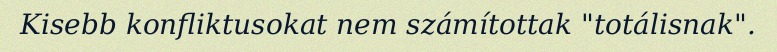
Kisebb konfliktusokat nem számítottak "totálisnak".